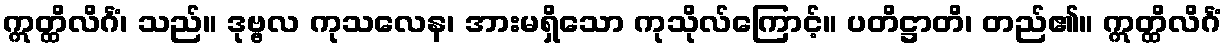
ဣတ္ထိလိင်္ဂံ၊ သည်။ ဒုဗ္ဗလ ကုသလေန၊ အားမရှိသော ကုသိုလ်ကြောင့်။ ပတိဋ္ဌာတိ၊ တည်၏။ ဣတ္ထိလိင်္ဂံ